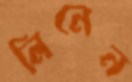
লিনেন